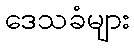
ဒေသခံများ